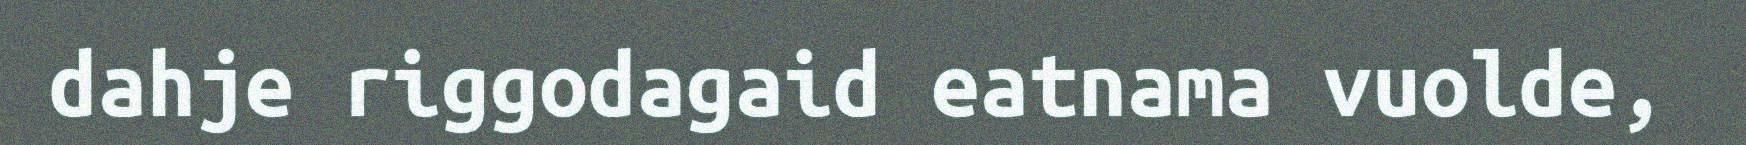
dahje riggodagaid eatnama vuolde,